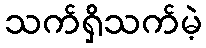
သက်ရှိသက်မဲ့